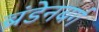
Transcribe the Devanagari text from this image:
ब्रंडेनबर्ग